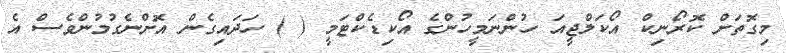
މިގޮތަށް ކޮރޯނިކް އޯކަލްޖީއަ ހުންނަމީހުންގެ އޯކިޑެކްޓަމީ ( ) ހަދައިގެން އޮށްނެގުމުންވެސް އެ